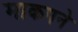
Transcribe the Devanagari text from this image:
माकपने